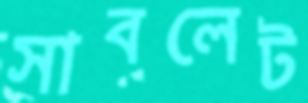
সাবলেট